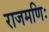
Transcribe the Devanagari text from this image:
राजमणिः